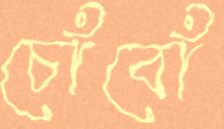
চোঁবোঁ